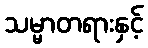
သမ္မာတရားနှင့်